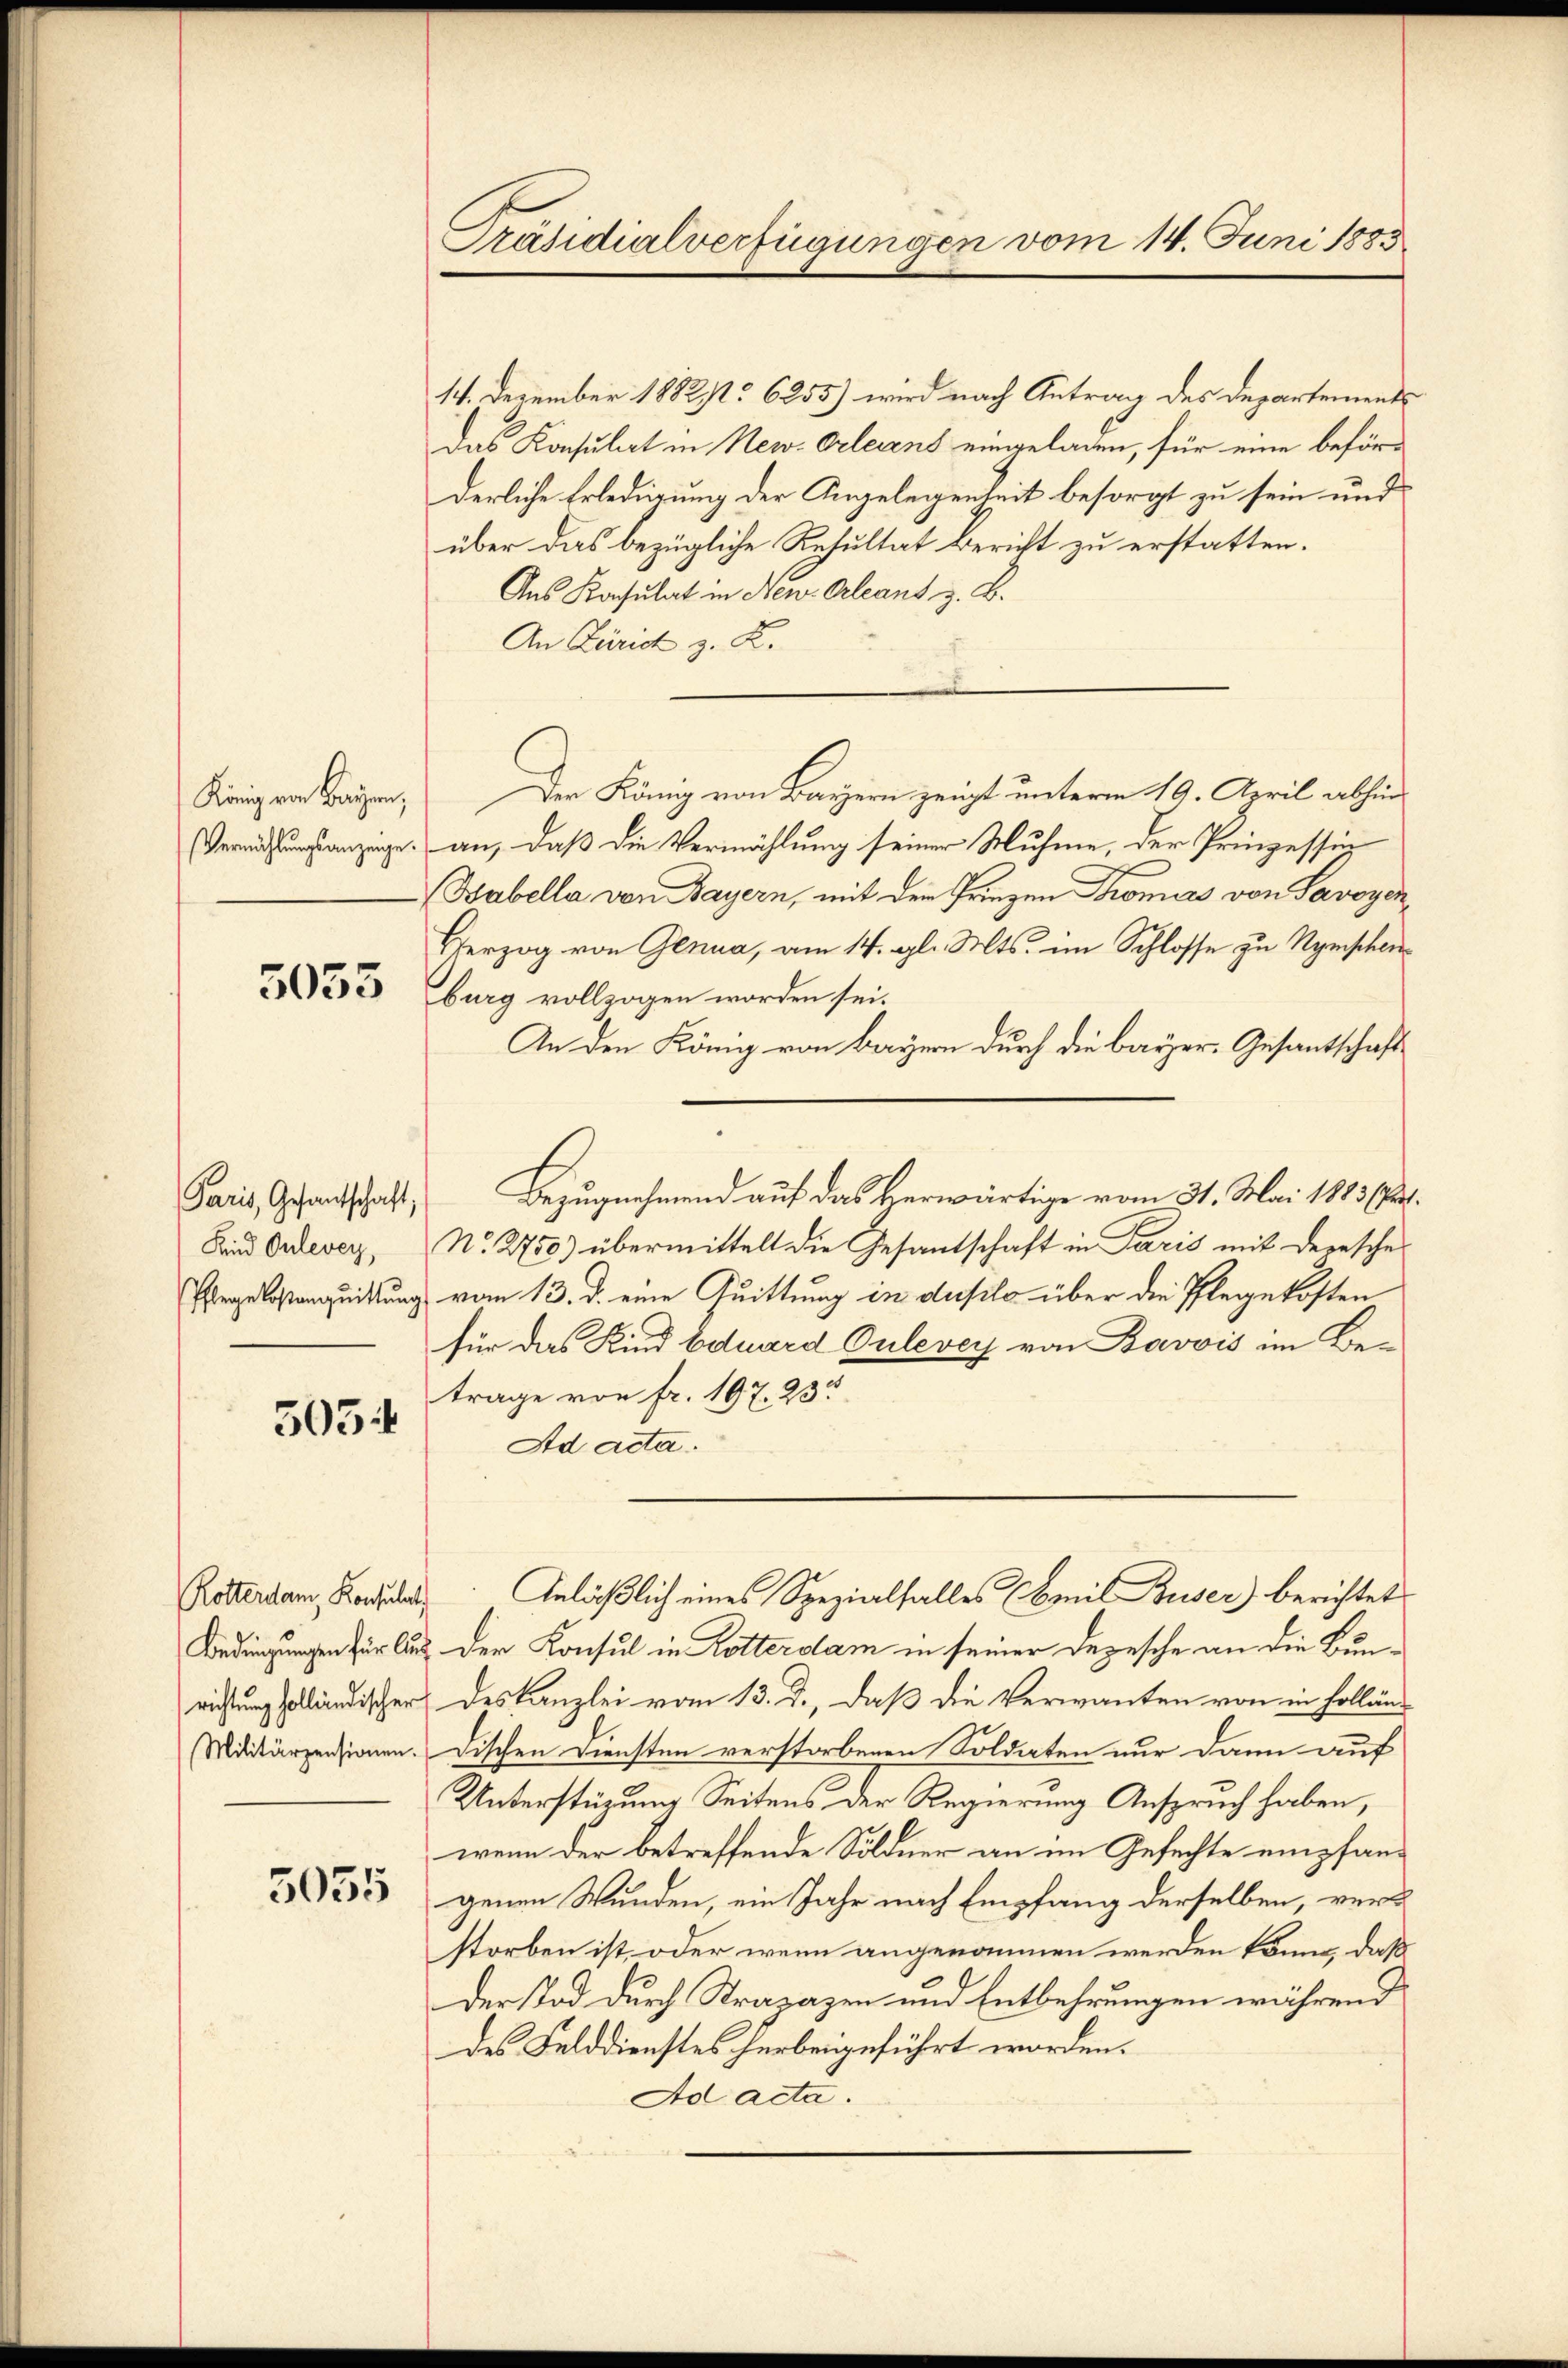
König von Bayern,
Vermählungsanzeige.

5053

Paris, Gesantschaft;
Kind Onlevey,
Pflegelostanquittung

5054

Rotterdam Konsulat
1
Bedingungen für Aus
Militärzensionen.

5055

Präsidialverfügungen vom 14. Juni 1885

14. Dezember 18829. 6255) wird nach Antrag des Departements
Das Konsulat in New-Orleans eingeladen, für eine beförderliche Erledigung der Angelegenheit besorgt zu sein und
über das bezügliche Resultat Bericht zu erstatten.
Aus Konsulat in Neu Orleant z. B.
An Zürich z. B.
Der König von Bayern zeigt unterm 19. April abhinan, daß die Vermählung seiner Muhme, der Prinzessin
Babella von Bayern, mit dem Prinzen Thomas von Savoyenerzog von Genua, am 14. gl. Mts. im Schlosse zu Nymschein
burg vollzogen worden sei.
An den König von Bayern durch die bayer, Gesantschaft
Bezugnahmend auf das Herwärtige vom 31. Mai 1883 (s.
No. 2750) übermittelt die Gesantschaft in Paris mit dersche
vom 13. d. eine Quittung in duplo über die Pflegekosten
für das Kind Eduard Oulevey von Bavvis im Be-
trage von fr. 197. 23
Ad acta.
Anläßlich eines Spezialfalles (Comit Buser) berichtet
Der Konsul in Rotterdam in seiner Depesche an die Bunrichtung solländischer deskanzlei vom 13. J., daß die Verwanten von in Holländischen Diensten verstorbenen Soldaten nur dann auf
Unterstüzung Seitens der Regierung Anspruch haben,
wenn der betreffende Söldner an im Gesuchte empfangenau Wunden, ein Jahr nach Empfang derselben, verstorben ist, oder wenn angenommen werden könne, daß
der Tod durch Strapazen und Entbehrungen während
des Felddienstes herbeigeführt worden.
Ad acta.